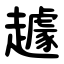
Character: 䟊